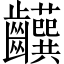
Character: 𬹹